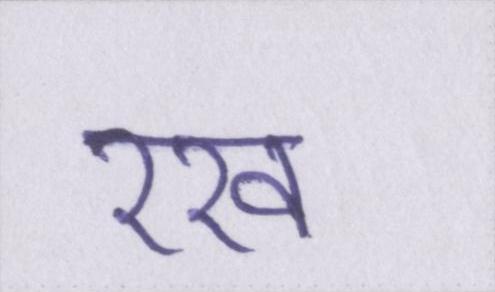
रख